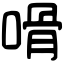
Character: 嗗